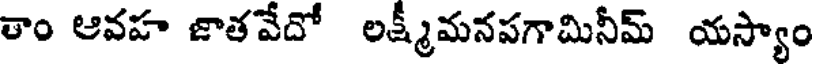
తాం ఆవహ జాతవేదో లక్ష్మీమనపగామినీమ్ యస్యాం